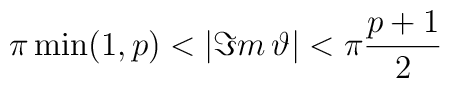
\pi \min (1,p)<|\Im m\, \vartheta |<\pi \frac{p+1}{2}